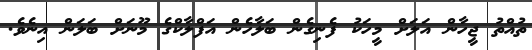
ތުއްތު ޖީހާން އަލަށް މީހަކު ފެނިގެން ބަލާހެން އަފްލާކްގެ މޫނަށް ބަލަން އިނެވެ.